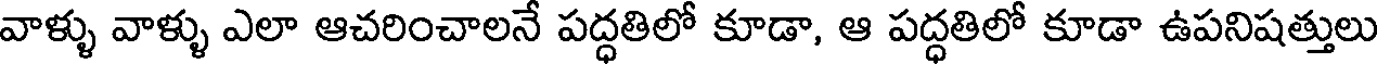
వాళ్ళు వాళ్ళు ఎలా ఆచరించాలనే పద్ధతిలో కూడా, ఆ పద్ధతిలో కూడా ఉపనిషత్తులు